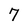
Character: 7